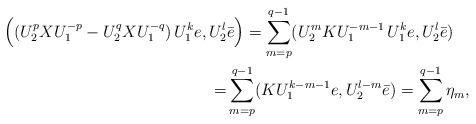
LaTeX: \begin{align*}\begin{aligned}\Big( (U_2^pXU_1^{-p}-U_2^q XU_1^{-q})\,U_1^k e, U_2^l &\bar e\Big)=\sum_{m=p}^{q-1} (U_2^{m}KU_1^{-m-1}\,U_1^k e, U_2^l \bar e) \\=&\sum_{m=p}^{q-1} (KU_1^{k-m-1} e, U_2^{l-m} \bar e)=\sum_{m=p}^{q-1}\eta_m,\end{aligned}\end{align*}